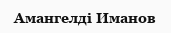
Амангелді Иманов